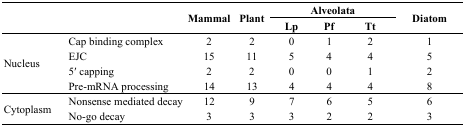
| <ROWSPAN=2-COLSPAN=2>  | <ROWSPAN=2> Mammal | <ROWSPAN=2> Plant | <COLSPAN=3> Alveolata | <ROWSPAN=2> Diatom |
 | Lp | Pf | Tt |
 | --- | --- | --- | --- | --- | --- | --- | --- |
 | <ROWSPAN=4> Nucleus | Cap binding complex | 2 | 2 | 0 | 1 | 2 | 1 |
 | EJC | 15 | 11 | 5 | 4 | 4 | 5 |
 | 5′ capping | 2 | 2 | 0 | 0 | 1 | 2 |
 | Pre-mRNA processing | 14 | 13 | 4 | 4 | 4 | 8 |
 | <ROWSPAN=2> Cytoplasm | Nonsense mediated decay | 12 | 9 | 7 | 6 | 5 | 6 |
 | No-go decay | 3 | 3 | 3 | 2 | 2 | 3 |